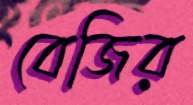
বেজির